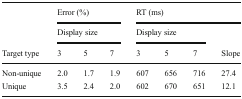
|  | <COLSPAN=3> Error (%) | <COLSPAN=4> RT (ms) |
 |  | <COLSPAN=3> Display size | <COLSPAN=3> Display size |  |
 | Target type | 3 | 5 | 7 | 3 | 5 | 7 | Slope |
 | --- | --- | --- | --- | --- | --- | --- | --- |
 | Non-unique | 2.0 | 1.7 | 1.9 | 607 | 656 | 716 | 27.4 |
 | Unique | 3.5 | 2.4 | 2.0 | 602 | 670 | 651 | 12.1 |